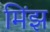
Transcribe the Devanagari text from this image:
मिंझ